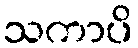
သကာပိ